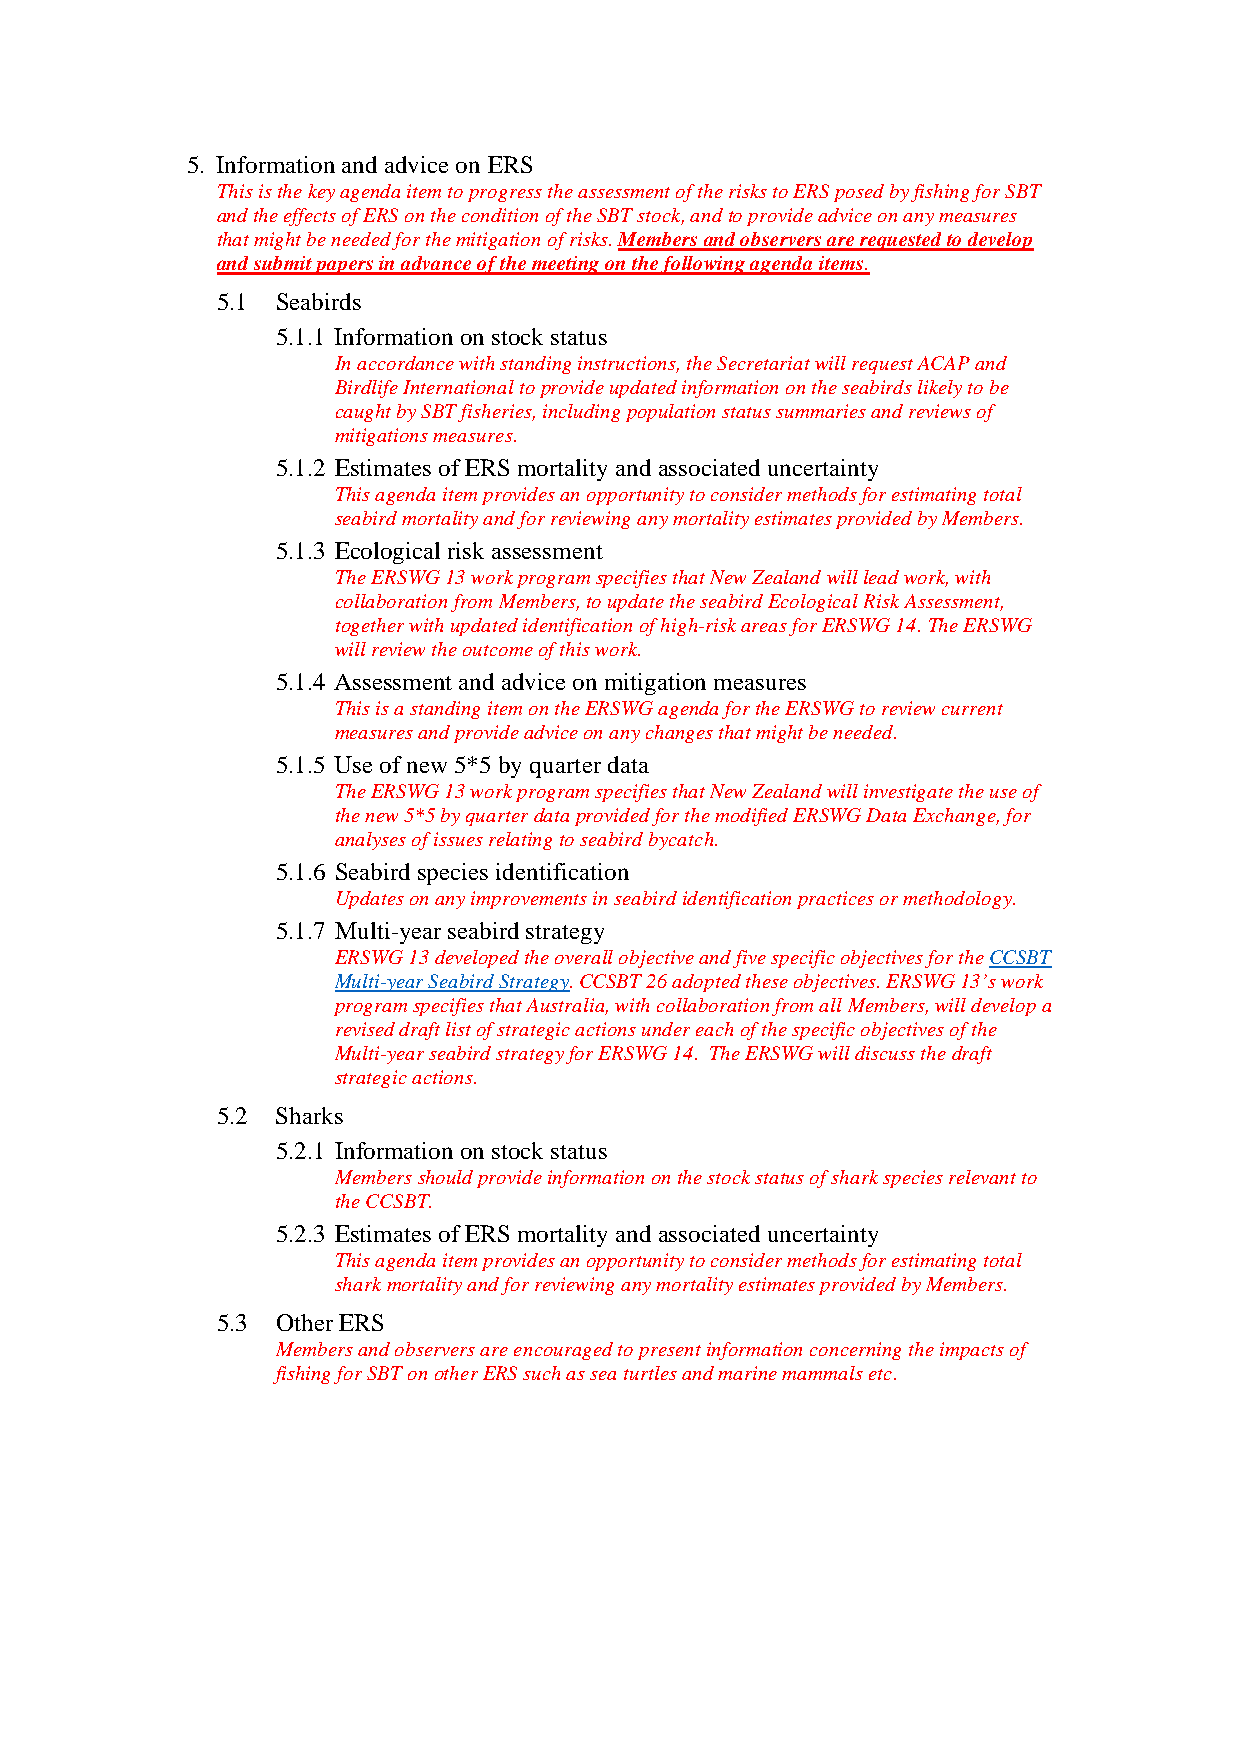
5. Information and advice on ERS
 This is the key agenda item to progress the assessment of the risks to ERS posed by fishing for SBT
 and the effects of ERS on the condition of the SBT stock, and to provide advice on any measures
 that might be needed for the mitigation of risks. Members and observers are requested to develop
 and submit papers in advance of the meeting on the following agenda items.
 5.1 Seabirds
 5.1.1 Information on stock status
 In accordance with standing instructions, the Secretariat will request ACAP and
 Birdlife International to provide updated information on the seabirds likely to be
 caught by SBT fisheries, including population status summaries and reviews of
 mitigations measures.
 5.1.2 Estimates of ERS mortality and associated uncertainty
 This agenda item provides an opportunity to consider methods for estimating total
 seabird mortality and for reviewing any mortality estimates provided by Members.
 5.1.3 Ecological risk assessment
 The ERSWG 13 work program specifies that New Zealand will lead work, with
 collaboration from Members, to update the seabird Ecological Risk Assessment,
 together with updated identification of high-risk areas for ERSWG 14. The ERSWG
 will review the outcome of this work.
 5.1.4 Assessment and advice on mitigation measures
 This is a standing item on the ERSWG agenda for the ERSWG to review current
 measures and provide advice on any changes that might be needed.
 5.1.5 Use of new 5*5 by quarter data
 The ERSWG 13 work program specifies that New Zealand will investigate the use of
 the new 5*5 by quarter data provided for the modified ERSWG Data Exchange, for
 analyses of issues relating to seabird bycatch.
 5.1.6 Seabird species identification
 Updates on any improvements in seabird identification practices or methodology.
 5.1.7 Multi-year seabird strategy
 ERSWG 13 developed the overall objective and five specific objectives for the CCSBT
 Multi-year Seabird Strategy. CCSBT 26 adopted these objectives. ERSWG 13’s work
 program specifies that Australia, with collaboration from all Members, will develop a
 revised draft list of strategic actions under each of the specific objectives of the
 Multi-year seabird strategy for ERSWG 14. The ERSWG will discuss the draft
 strategic actions.
 5.2 Sharks
 5.2.1 Information on stock status
 Members should provide information on the stock status of shark species relevant to
 the CCSBT.
 5.2.3 Estimates of ERS mortality and associated uncertainty
 This agenda item provides an opportunity to consider methods for estimating total
 shark mortality and for reviewing any mortality estimates provided by Members.
 5.3 Other ERS
 Members and observers are encouraged to present information concerning the impacts of
 fishing for SBT on other ERS such as sea turtles and marine mammals etc.